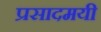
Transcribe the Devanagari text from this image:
प्रसादमयी